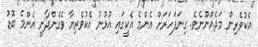
އެކުވެރިން މަދެއްނޫނެވެ. ގިނަފަހަރަށް އެންމެ އެކީގައި އުޅުނު އެކުވެރިޔާ ވެގެންދާނީ އެންމެ ބޮޑު